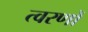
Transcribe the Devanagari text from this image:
त्वरणों